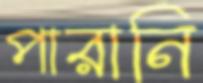
পারানি